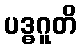
ပဒ္ဓဂူတိ